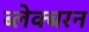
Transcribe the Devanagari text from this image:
ब्लेक्बरन